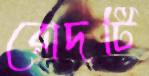
রোদটি